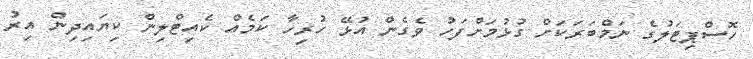
ހޮސްޕިޓަލުގެ ނަމްބަރަކަށް ގުޅުމަށްފަހު ވެގެން އުޅޭ ހުރިހާ ކަމެއް ކެއިޓްލިން ކިޔައިދިން އިރު